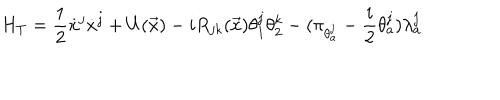
H _ { T } = \displaystyle \frac { 1 } { 2 } \dot { x } ^ { j } \dot { x } ^ { j } + U ( \vec { x } ) - i R _ { j k } ( \vec { x } ) \theta _ { 1 } ^ { j } \theta _ { 2 } ^ { k } - ( \pi _ { \theta _ { a } ^ { j } } - \displaystyle \frac { i } { 2 } \theta _ { a } ^ { j } ) \lambda _ { a } ^ { j }